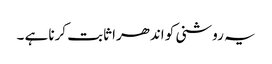
یہ روشنی کو اندھرا ثابت کرنا ہے ۔